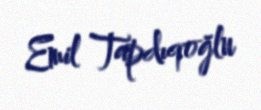
Emil Tapdıqoğlu